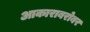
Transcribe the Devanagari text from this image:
आकाराबरोबर